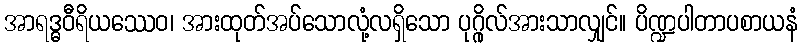
အာရဒ္ဓဝီရိယဿေဝ၊ အားထုတ်အပ်သောလုံ့လရှိသော ပုဂ္ဂိုလ်အားသာလျှင်။ ပိဏ္ဍပါတာပစာယနံ